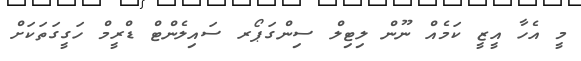
މީ އެހާ އީޒީ ކަމެއް ނޫން ލިޓިލް ސިންގަޕޯރ ސައިލެންޓް ޑްރީމް ހަގީގަތަކަށް